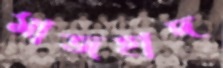
মাজহাদ